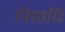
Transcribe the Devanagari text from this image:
निरवधि